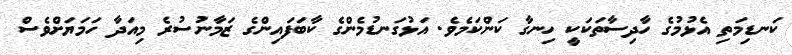
ކަނޑިމަތި އެޅުމުގެ ހާދިސާތަކަކީ ހިނގާ ކަންކަމެވެ. އަޅުގަނޑުމެންގެ ކާބަފައިންގެ ޒަމާނުސުރެ މިއަދާ ހަމަޔަށްވެސް